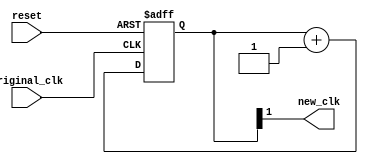
module clk_div(
	input wire original_clk,		//master clock: 100MHz
	input wire reset,		//asynchronous reset
	output wire new_clk		//pixel clock: 25MHz
	);

// 17-bit counter variable
reg [1:0] counter;

// Clock divider --
// Each bit in q is a clock signal that is
// only a fraction of the master clock.
always @(posedge original_clk or posedge reset)
begin
	// reset condition
	if (reset == 1) begin
		counter <= 0;
	end
	// increment counter by one
	else
		counter <= counter + 2'b1;
end

// 50Mhz  2^1 = 25MHz

assign new_clk = counter[1];

endmodule